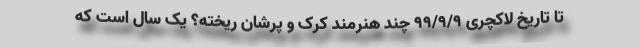
تا تاریخ لاکچری ۹۹/۹/۹ چند هنرمند کرک و پرشان ریخته؟ یک سال است که